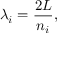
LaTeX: \lambda _ { i } = { \frac { 2 L } { n _ { i } } } ,